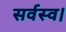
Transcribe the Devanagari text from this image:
सर्वस्व।